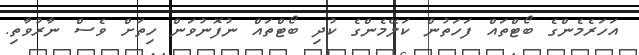
އަހަރެމެންގެ ބޯޓްތައް ފަހަތުން ކަލޭމެންގެ ކުދި ބޯޓްތައް ނުފޮނުވަން ހިތަށް ވެސް ނާރުވާތި.